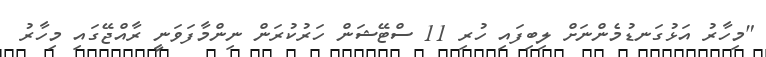
"މިހާރު އަޅުގަނޑުމެންނަށް ލިބިފައި ހުރި 11 ސްޓޭޝަން ހަރުކުރަން ނިންމާފަވަނީ ރާއްޖޭގައި މިހާރު